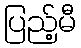
ပြည့်မီ